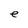
Character: e